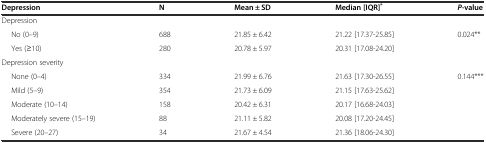
| Depression | N | Mean ± SD | Median[IQR]* | P-value |
 | --- | --- | --- | --- | --- |
 | Depression |  |  |  |  |
 | No (0–9) | 688 | 21.85 ± 6.42 | 21.22 [17.37-25.85] | <ROWSPAN=2> 0.024** |
 | Yes (≥10) | 280 | 20.78 ± 5.97 | 20.31 [17.08-24.20] |
 | Depression severity |  |  |  |  |
 | None (0–4) | 334 | 21.99 ± 6.76 | 21.63 [17.30-26.55] | <ROWSPAN=5> 0.144*** |
 | Mild (5–9) | 354 | 21.73 ± 6.09 | 21.15 [17.63-25.62] |
 | Moderate (10–14) | 158 | 20.42 ± 6.31 | 20.17 [16.68-24.03] |
 | Moderately severe (15–19) | 88 | 21.11 ± 5.82 | 20.08 [17.20-24.45] |
 | Severe (20–27) | 34 | 21.67 ± 4.54 | 21.36 [18.06-24.30] |